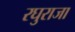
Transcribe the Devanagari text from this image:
रघुराजा